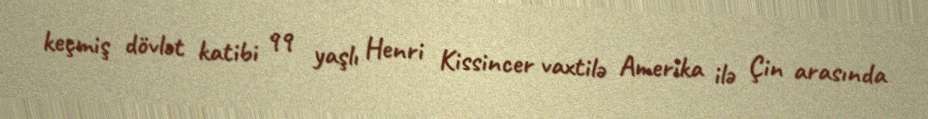
keçmiş dövlət katibi 99 yaşlı Henri Kissincer vaxtilə Amerika ilə Çin arasında